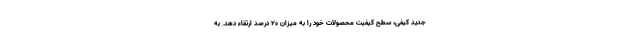
جدید کیفی، سطح كيفيت محصولات خود را به میزان ۲۰ درصد ارتقاء دهد. به